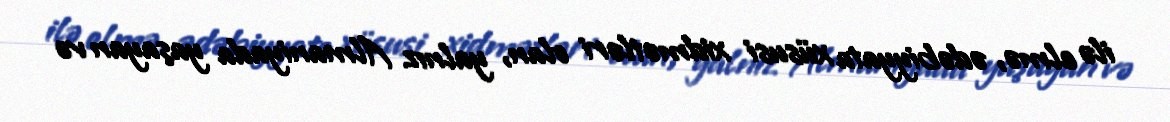
ilə elmə, ədəbiyyata xüsusi xidmətləri olan, yalnız Almaniyada yaşayan və